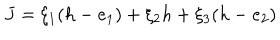
J = \xi _ { 1 } ( h - e _ { 1 } ) + \xi _ { 2 } h + \xi _ { 3 } ( h - e _ { 2 } )